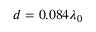
d = 0 . 0 8 4 \lambda _ { 0 }